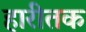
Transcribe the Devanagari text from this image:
हारीतक